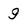
Character: 9